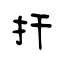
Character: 扞